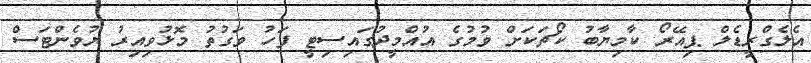
އެލެގްރީޑެލް ޕިއޭރޯ ކާމިޔާބު ކޯޗަކަށް ވުމުގެ އުއްމީދުގައިސިޓީ ފަހު ވަގުތު މޮޅުވިއިރު ޔުވެންޓަސް